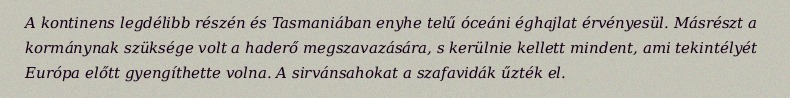
A kontinens legdélibb részén és Tasmaniában enyhe telű óceáni éghajlat érvényesül. Másrészt a kormánynak szüksége volt a haderő megszavazására, s kerülnie kellett mindent, ami tekintélyét Európa előtt gyengíthette volna. A sirvánsahokat a szafavidák űzték el.